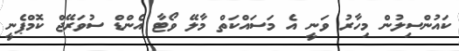
ކައުންސިލުން މިހާރު ވަނީ އެ މަސައްކަތް މާލޭ ވޯޓާ އެންޑް ސުވަރޭޖް ކޮމްޕެނީ